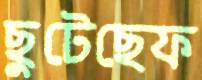
ছুটেছেফ